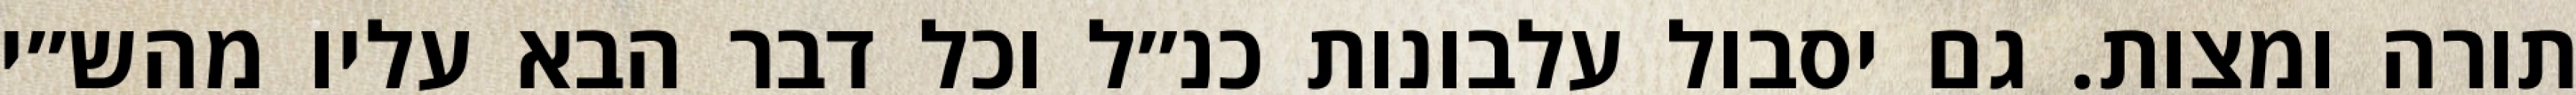
תורה ומצות. גם יסבול עלבונות כנ״ל וכל דבר הבא עליו מהש״י